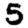
Digit: 5